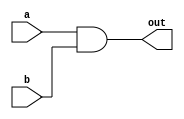
// This program was cloned from: https://github.com/Yvan-xy/verilog-doc
// License: GNU General Public License v2.0

module top_module( 
    input a, 
    input b, 
    output out );
    assign out = a&b;
endmodule